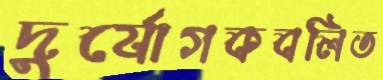
দুর্যোগকবলিত